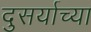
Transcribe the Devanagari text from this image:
दुसर्याच्या